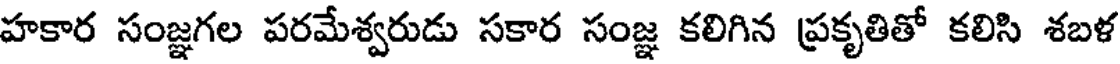
హకార సంజ్ఞగల పరమేశ్వరుడు సకార సంజ్ఞ కలిగిన ప్రకృతితో కలిసి శబళ